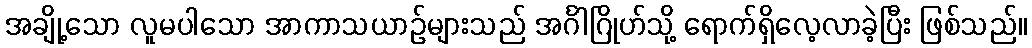
အချို့သော လူမပါသော အာကာသယာဉ်များသည် အင်္ဂါဂြိုဟ်သို့ ရောက်ရှိလေ့လာခဲ့ပြီး ဖြစ်သည်။